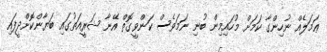
ޢަމަލެއް ނުހިންގާ ކަމަށް މުހައިމިން ބުނި ނަމަވެސް ކަންވީގޮތް އޭނާ ޝަރީއަތުގައި ބަޔާންކޮށްދީފައި